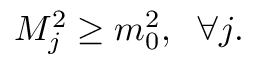
M _ { j } ^ { 2 } \geq m _ { 0 } ^ { 2 } , \; \; \forall j .